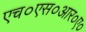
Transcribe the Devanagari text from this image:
एच०एस०आर०ए०